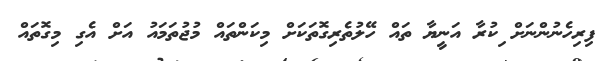
ފިރިހެނުންނަށް ިކުރާ އަނީޔާ ތައް ހޭލުތެރިގޮތަކަށް މިކަންތައް މުޖުތަމައު އަށް އެގި މިގޮތައް